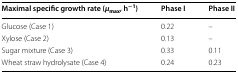
| Maximal specific growth rate (μmax, h−1) | Phase I | Phase II |
 | --- | --- | --- |
 | Glucose (Case 1) | 0.22 | – |
 | Xylose (Case 2) | 0.13 | – |
 | Sugar mixture (Case 3) | 0.33 | 0.11 |
 | Wheat straw hydrolysate (Case 4) | 0.24 | 0.23 |